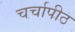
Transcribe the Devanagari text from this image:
चर्चापीठ